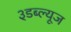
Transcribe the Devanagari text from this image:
३डब्ल्यूज